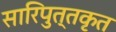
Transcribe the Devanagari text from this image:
सारिपुत्तकृत